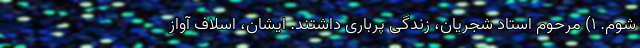
شوم. ۱) مرحوم استاد شجریان، زندگی پرباری داشتند. ایشان، اسلاف آواز